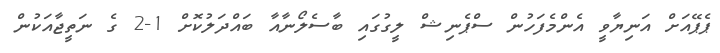
ޕެޕޭއަށް އަނިޔާވީ އެންމެފަހުން ސްޕެނިޝް ލީގުގައި ބާސެލޯނާއާ ބައްދަލުކޮށް 1-2 ގެ ނަތީޖާއަކުން